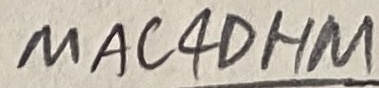
Text: MAC4OHM